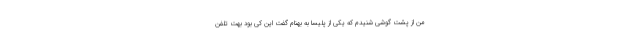
من از پشت گوشي شنيدم كه يكي از پليسا به بهنام گفت اين كي بود بهت تلفن